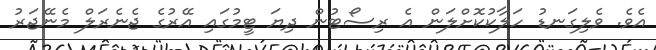
އެވެ. ވެލިގަނޑު ހަލާކުކޮށްލަން އެ ރިސޯޓުން ދިޔަ ޓީމުގައި އޭރުގެ ޖެނެރަލް މެނޭޖަރު